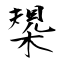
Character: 槼